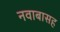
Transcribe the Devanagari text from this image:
नवाबासह